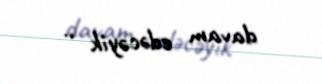
davam edəcəyik ..